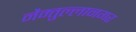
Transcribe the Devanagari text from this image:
नैम्तुल्लानगर